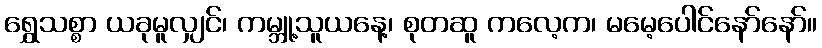
ရွှေသစ္စာ ယခုမူလျှင်၊ ကမ္ဘူ့သူယနေ့၊ စုတဆူ ကလေ့က၊ မမေ့ပေါင်နော်နော်။